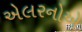
એલરનોએ